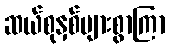
ဆယ်စုနှစ်များစွာကြာ